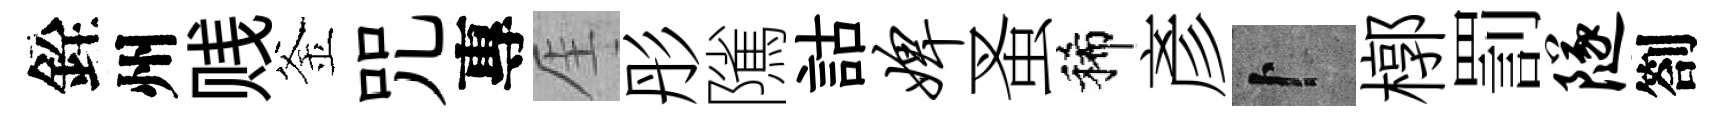
銓州贱釜咒專厓彤隲詁婢蚤稀彥卜槨罰隧劄